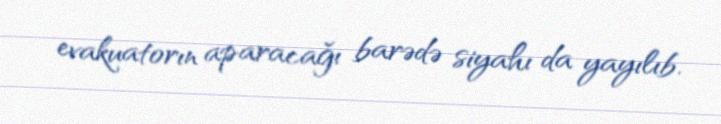
evakuatorın aparacağı barədə siyahı da yayılıb.